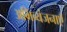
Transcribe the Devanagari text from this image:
अभिव्यंजनाएँ